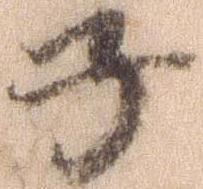
子